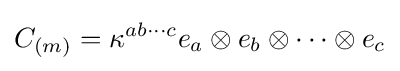
C_{(m)}=\kappa ^{ab\cdots c}e_{a}\otimes e_{b}\otimes \cdots \otimes e_{c}